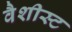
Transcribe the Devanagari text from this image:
वैशीस्ट